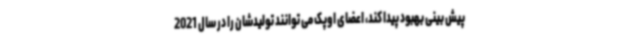
پیش بینی بهبود پیدا کند، اعضای اوپک می توانند تولیدشان را در سال 2021